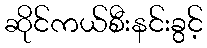
ဆိုင်ကယ်စီးနင်းခွင့်